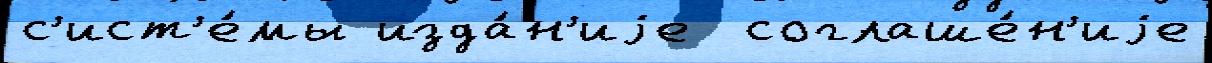
с'ист'е́мы изда́н'иjе  соглаше́н'иjе